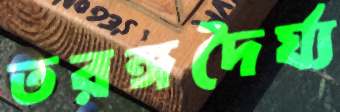
তরঙ্গদৈর্ঘ্য